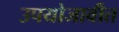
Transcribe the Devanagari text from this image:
उपयोजावीत